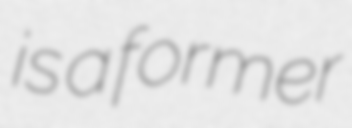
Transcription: is a former